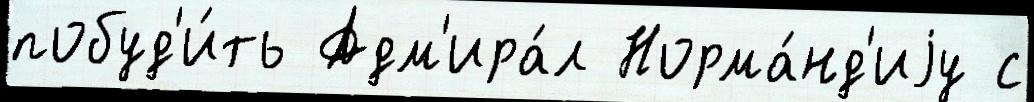
побуд'и́ть Адм'ира́л Норма́нд'иjу с